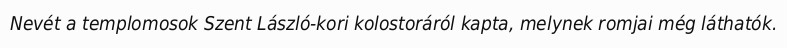
Nevét a templomosok Szent László-kori kolostoráról kapta, melynek romjai még láthatók.